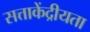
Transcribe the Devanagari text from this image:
सत्ताकेंद्रीयता